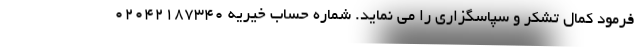
فرمود کمال تشکر و سپاسگزاری را می نماید. شماره حساب خیریه 02042187340